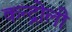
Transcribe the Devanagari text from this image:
कन्द्रोली